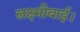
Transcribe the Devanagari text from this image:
लक्ष्मीबाई।